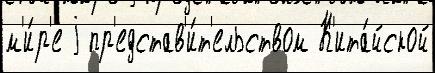
м'и́р'е j пр'едстав'и́т'ельством К'ита́йской